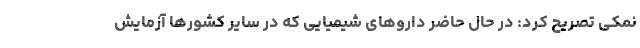
نمکی تصریح کرد: در حال حاضر داروهای شیمیایی که در سایر کشورها آزمایش